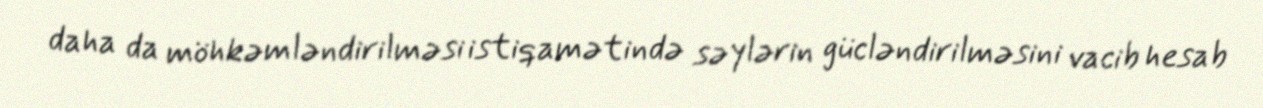
daha da möhkəmləndirilməsi istiqamətində səylərin gücləndirilməsini vacib hesab